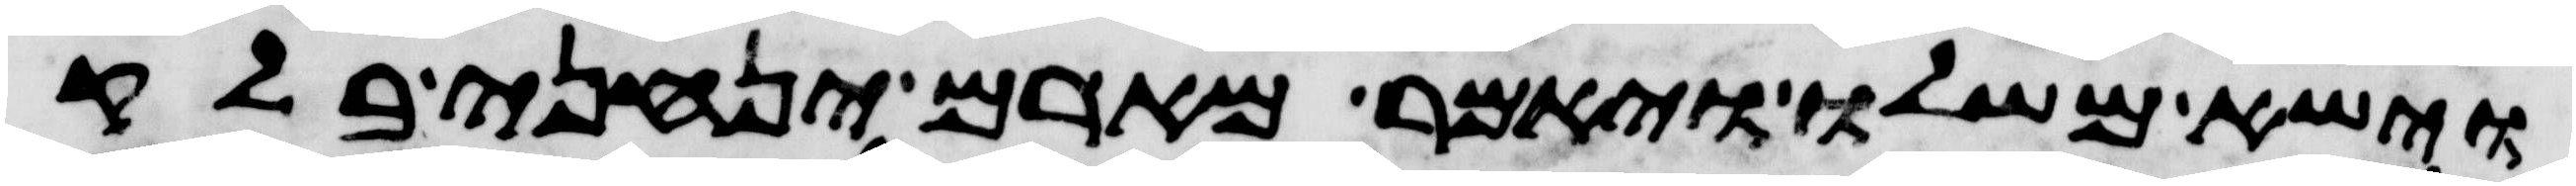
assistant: וישא משלו ויאמר מארם ינחני בלק